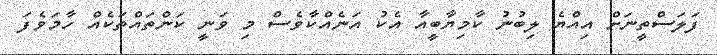
ފަލަސްތީނަށް އިއްޔެ ލިބުނު ކާމިޔާބީއާ އެކު އަނެއްކާވެސް މި ވަނީ ކަންތައްތަކެއް ހާމަވެފަ